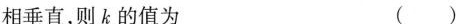
相垂直，则k的值为 ( )